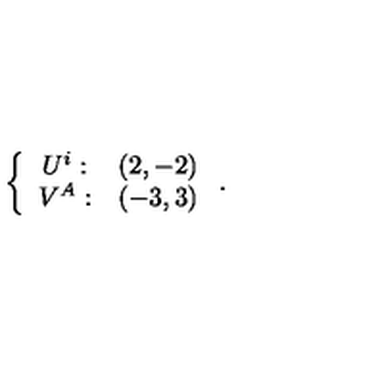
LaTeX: \left\{ \begin{array} { c c } { U ^ { i } : } & { ( 2 , - 2 ) } \\ { V ^ { A } : } & { ( - 3 , 3 ) } \\ \end{array} \right. .